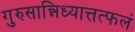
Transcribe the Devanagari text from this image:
गुरुसान्निध्यात्तत्फलं